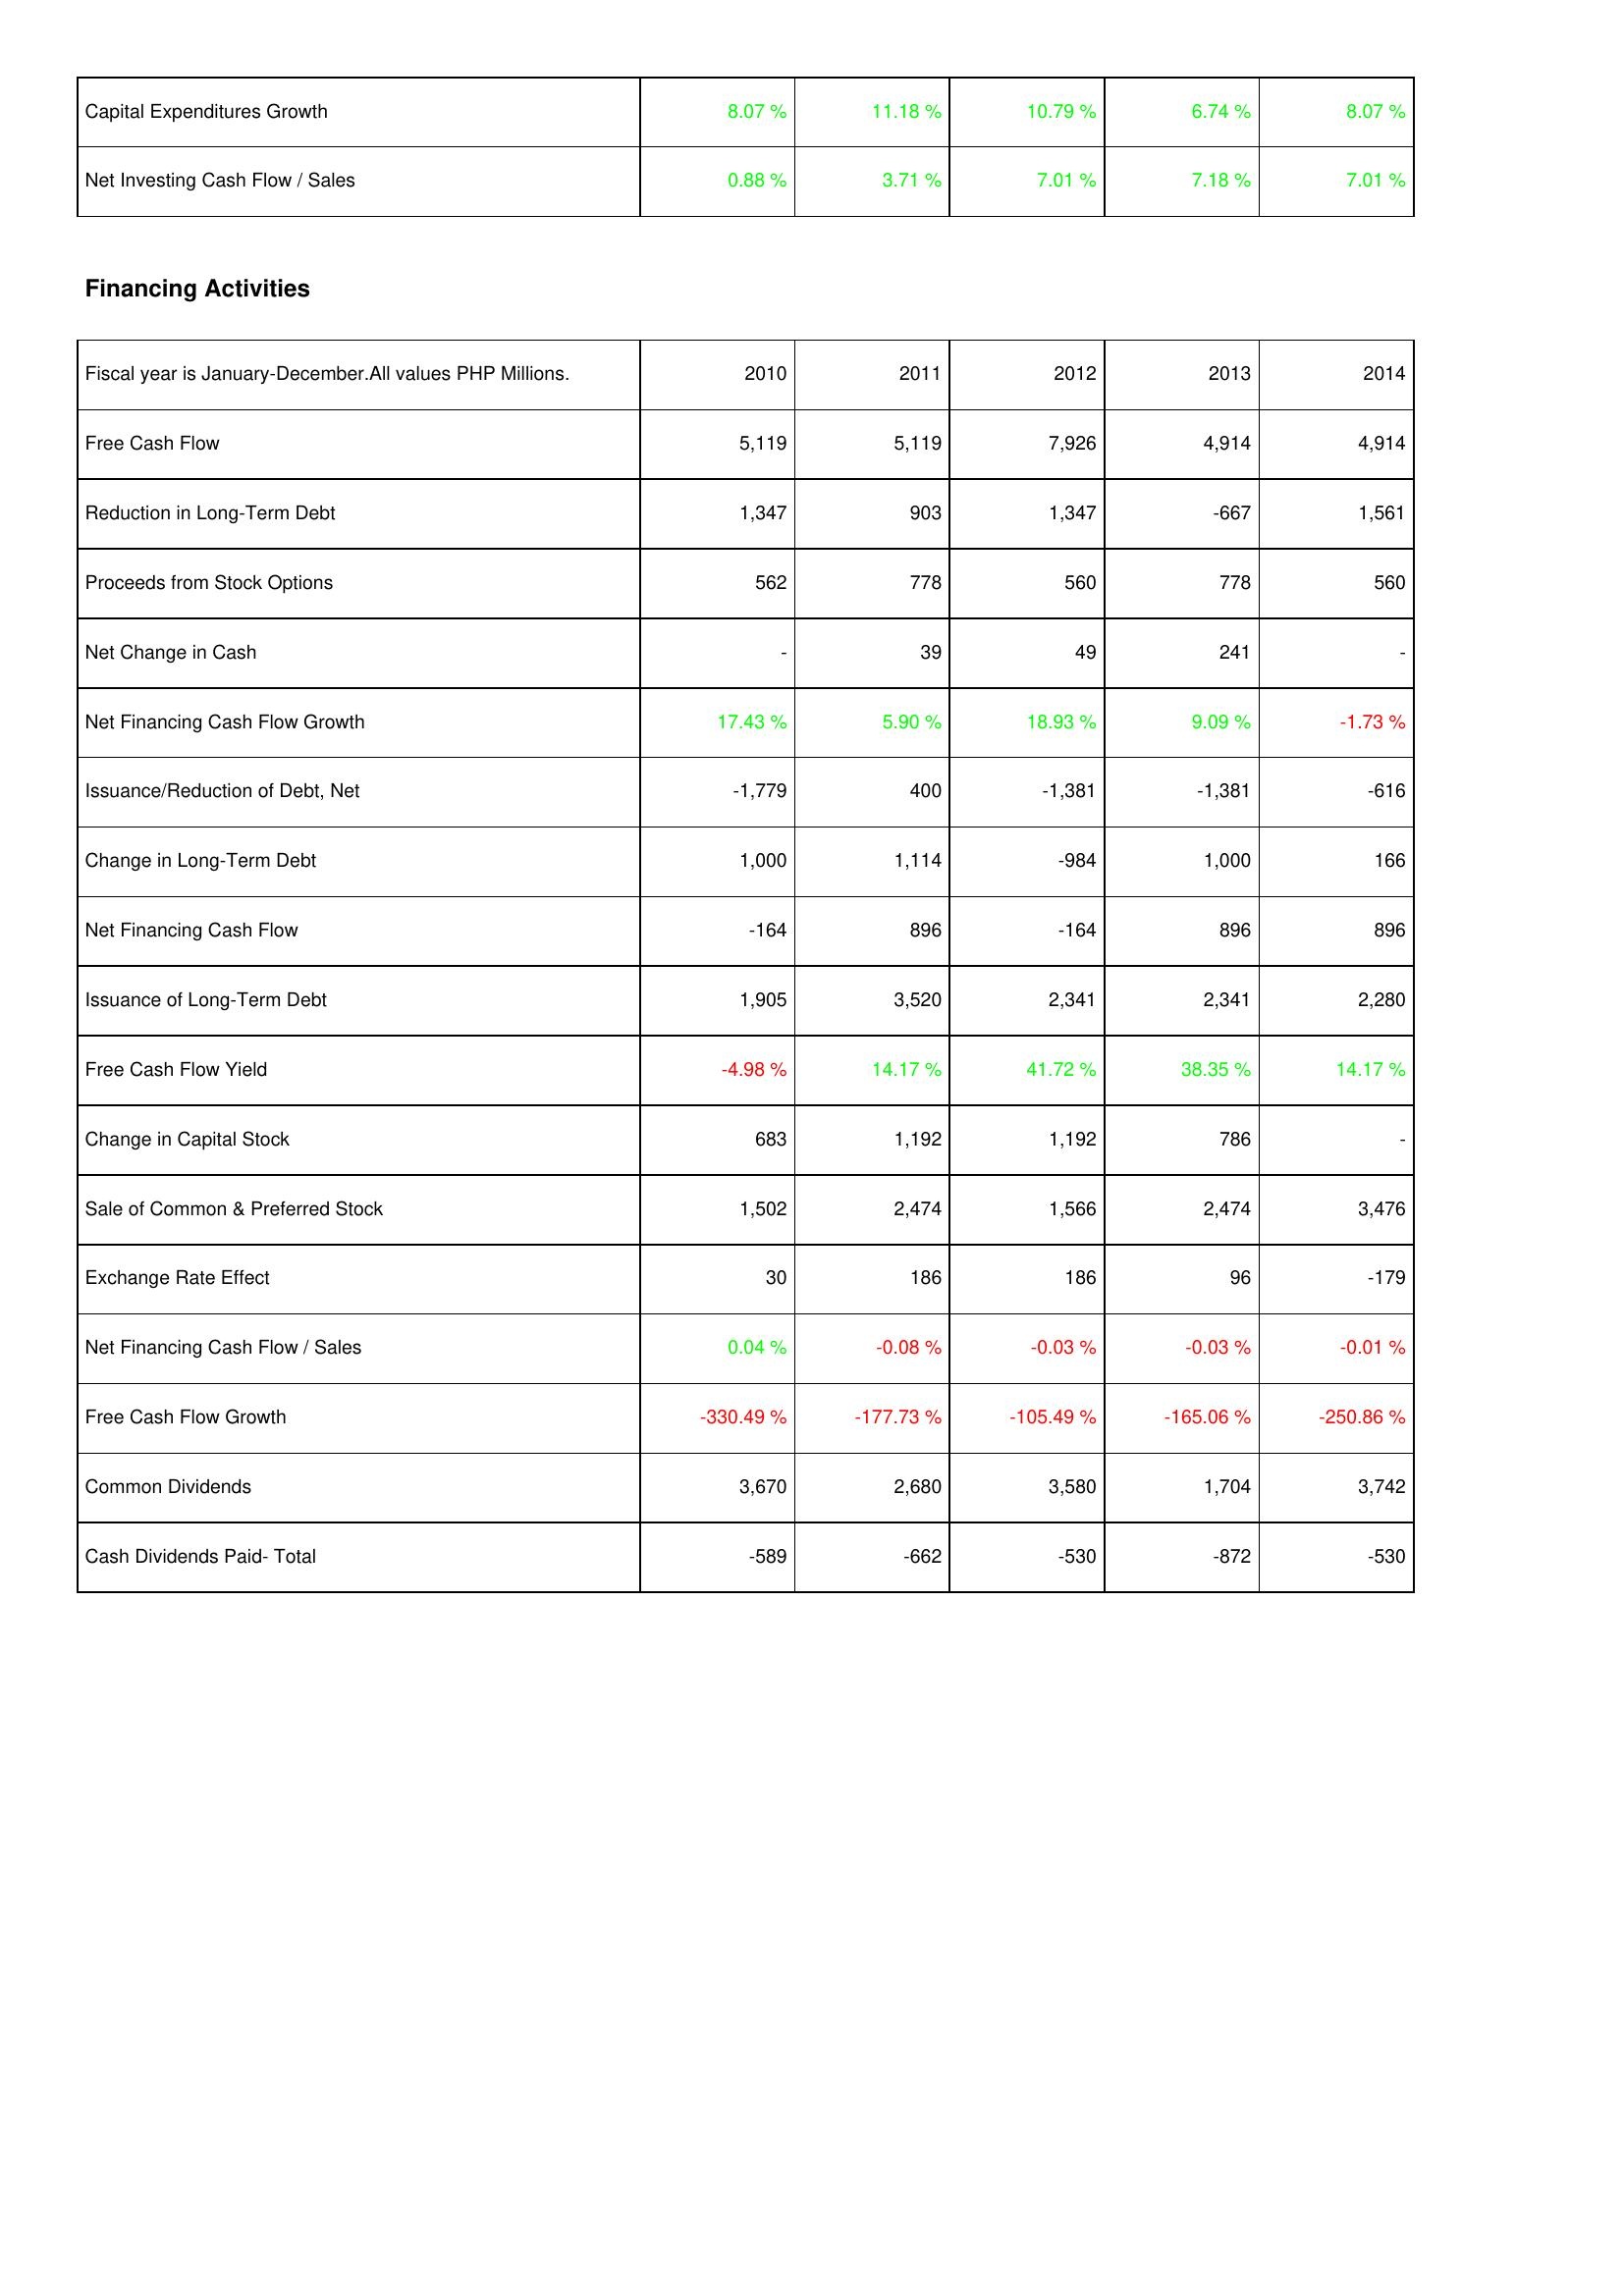
2010: Investing Activities: Capital Expenditures Growth: 8.07 %
Net Investing Cash Flow / Sales: 0.88 %
Financing Activities: Free Cash Flow: 5,119
Reduction in Long-Term Debt: 1,347
Proceeds from Stock Options: 562
Net Change in Cash: -
Net Financing Cash Flow Growth: 17.43 %
Issuance/Reduction of Debt, Net: -1,779
Change in Long-Term Debt: 1,000
Net Financing Cash Flow: -164
Issuance of Long-Term Debt: 1,905
Free Cash Flow Yield: -4.98 %
Change in Capital Stock: 683
Sale of Common & Preferred Stock: 1,502
Exchange Rate Effect: 30
Net Financing Cash Flow / Sales: 0.04 %
Free Cash Flow Growth: -330.49 %
Common Dividends: 3,670
Cash Dividends Paid- Total: -589
2011: Investing Activities: Capital Expenditures Growth: 11.18 %
Net Investing Cash Flow / Sales: 3.71 %
Financing Activities: Free Cash Flow: 5,119
Reduction in Long-Term Debt: 903
Proceeds from Stock Options: 778
Net Change in Cash: 39
Net Financing Cash Flow Growth: 5.90 %
Issuance/Reduction of Debt, Net: 400
Change in Long-Term Debt: 1,114
Net Financing Cash Flow: 896
Issuance of Long-Term Debt: 3,520
Free Cash Flow Yield: 14.17 %
Change in Capital Stock: 1,192
Sale of Common & Preferred Stock: 2,474
Exchange Rate Effect: 186
Net Financing Cash Flow / Sales: -0.08 %
Free Cash Flow Growth: -177.73 %
Common Dividends: 2,680
Cash Dividends Paid- Total: -662
2012: Investing Activities: Capital Expenditures Growth: 10.79 %
Net Investing Cash Flow / Sales: 7.01 %
Financing Activities: Free Cash Flow: 7,926
Reduction in Long-Term Debt: 1,347
Proceeds from Stock Options: 560
Net Change in Cash: 49
Net Financing Cash Flow Growth: 18.93 %
Issuance/Reduction of Debt, Net: -1,381
Change in Long-Term Debt: -984
Net Financing Cash Flow: -164
Issuance of Long-Term Debt: 2,341
Free Cash Flow Yield: 41.72 %
Change in Capital Stock: 1,192
Sale of Common & Preferred Stock: 1,566
Exchange Rate Effect: 186
Net Financing Cash Flow / Sales: -0.03 %
Free Cash Flow Growth: -105.49 %
Common Dividends: 3,580
Cash Dividends Paid- Total: -530
2013: Investing Activities: Capital Expenditures Growth: 6.74 %
Net Investing Cash Flow / Sales: 7.18 %
Financing Activities: Free Cash Flow: 4,914
Reduction in Long-Term Debt: -667
Proceeds from Stock Options: 778
Net Change in Cash: 241
Net Financing Cash Flow Growth: 9.09 %
Issuance/Reduction of Debt, Net: -1,381
Change in Long-Term Debt: 1,000
Net Financing Cash Flow: 896
Issuance of Long-Term Debt: 2,341
Free Cash Flow Yield: 38.35 %
Change in Capital Stock: 786
Sale of Common & Preferred Stock: 2,474
Exchange Rate Effect: 96
Net Financing Cash Flow / Sales: -0.03 %
Free Cash Flow Growth: -165.06 %
Common Dividends: 1,704
Cash Dividends Paid- Total: -872
2014: Investing Activities: Capital Expenditures Growth: 8.07 %
Net Investing Cash Flow / Sales: 7.01 %
Financing Activities: Free Cash Flow: 4,914
Reduction in Long-Term Debt: 1,561
Proceeds from Stock Options: 560
Net Change in Cash: -
Net Financing Cash Flow Growth: -1.73 %
Issuance/Reduction of Debt, Net: -616
Change in Long-Term Debt: 166
Net Financing Cash Flow: 896
Issuance of Long-Term Debt: 2,280
Free Cash Flow Yield: 14.17 %
Change in Capital Stock: -
Sale of Common & Preferred Stock: 3,476
Exchange Rate Effect: -179
Net Financing Cash Flow / Sales: -0.01 %
Free Cash Flow Growth: -250.86 %
Common Dividends: 3,742
Cash Dividends Paid- Total: -530